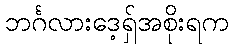
ဘင်္ဂလားဒေ့ရှ်အစိုးရက